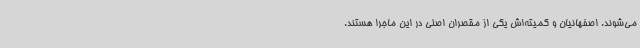
می‌شوند. اصفهانیان و کمیته‌اش یکی از مقصران اصلی در این ماجرا هستند.